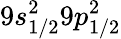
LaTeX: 9s_{1/2}^{2}9p_{1/2}^{2}